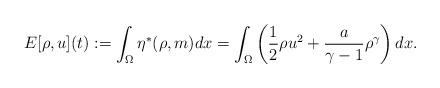
LaTeX: \begin{align*}E[\rho,u](t):=\int_\Omega \eta^*(\rho,m)dx=\int_\Omega \left( \frac{1}{2}\rho u^2 + \frac{a}{\gamma-1}\rho^\gamma \right) dx.\end{align*}